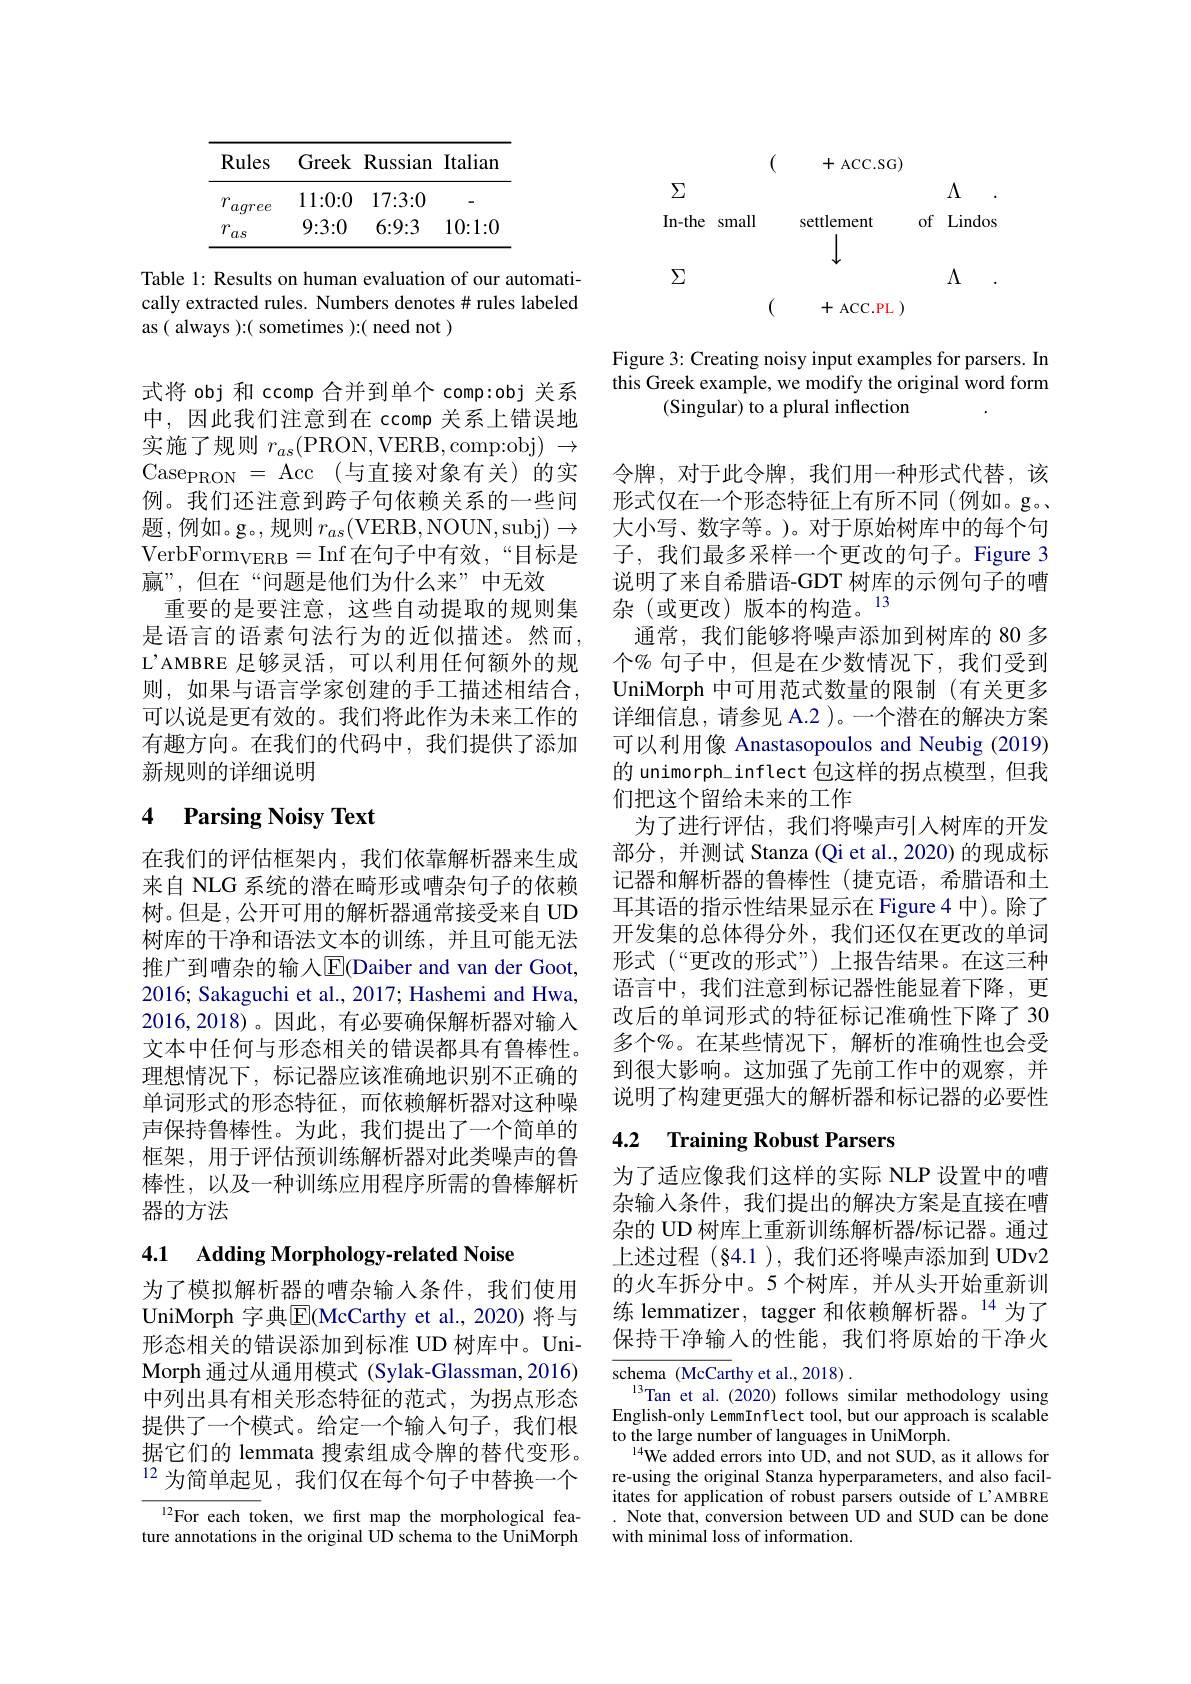
<table>
	<tbody>
		<tr>
			<th>Rules</th>
			<th>Greek</th>
			<th>Russian</th>
			<th>Italian</th>
		</tr>
		<tr>
			<td>$\gamma$ aqree</td>
			<td>11:0:0</td>
			<td>17{:}3{:}0</td>
			<td>-</td>
		</tr>
		<tr>
			<td>$\gamma_{,}$ $as$</td>
			<td>9:3:0</td>
			<td>6:9:3</td>
			<td>10:1:0</td>
		</tr>
	</tbody>
</table>

Table 1: Results on human evaluation of our automatically extracted rules. Numbers denotes # rules labeled as ( always ):( sometimes ):( need not )

式将 obj 和 ccomp 合并到单个 comp:obj 关系中，因此我们注意到在 ccomp 关系上错误地实施了规则$r_as($PRON,VERB,comp:obj) $\to$ Case$_{\mathrm{PRON}}=$Acc(与直接对象有关)的实例。我们还注意到跨子句依赖关系的一些问题，例如。g。,规则$r_as($VERB,NOUN,subj$)\to$ VerbForm$_\mathrm{VERB}=$Inf 在句子中有效，“目标是赢”,但在“问题是他们为什么来”中无效
重要的是要注意，这些自动提取的规则集是语言的语素句法行为的近似描述。然而， L'AMBRE 足够灵活，可以利用任何额外的规则，如果与语言学家创建的手工描述相结合， 可以说是更有效的。我们将此作为未来工作的有趣方向。在我们的代码中，我们提供了添加新规则的详细说明

# 4 Parsing Noisy Text

在我们的评估框架内，我们依靠解析器来生成来自 NLG 系统的潜在畸形或嘈杂句子的依赖树。但是，公开可用的解析器通常接受来自 UD 树库的干净和语法文本的训练，并且可能无法推广到嘈杂的输入$\operatorname{E}($Daiber and van der Goot, 2016; Sakaguchi et al., 2017; Hashemi and Hwa, 2016,2018)。因此，有必要确保解析器对输入文本中任何与形态相关的错误都具有鲁棒性。理想情况下，标记器应该准确地识别不正确的单词形式的形态特征，而依赖解析器对这种噪声保持鲁棒性。为此，我们提出了一个简单的框架，用于评估预训练解析器对此类噪声的鲁棒性，以及一种训练应用程序所需的鲁棒解析器的方法

# 4.1 Adding Morphology-related Noise

为了模拟解析器的嘈杂输人条件，我们使用UniMorph 字典$\overline{\mathrm{E}}($McCarthy et al.,2020)将与形态相关的错误添加到标准 UD 树库中。UniMorph 通过从通用模式 (Sylak-Glassman,2016) 中列出具有相关形态特征的范式，为拐点形态提供了一个模式。给定一个输入句子，我们根据它们的 lemmata 搜索组成令牌的替代变形。$^{12}$为简单起见，我们仅在每个句子中替换一个

$^{12}$For each token, we first map the morphological feature annotations in the original UD schema to the UniMorph
$$\begin{array}{ccccccccccccccccccccccccccccccccccccccccccccccccccccccccccccccccccccccccccccccccccccccccccccccc}\end{array}$$
Figure 3: Creating noisy input examples for parsers. In this Greek example, we modify the original word form
(Singular) to a plural inflection

令牌，对于此令牌，我们用一种形式代替，该形式仅在一个形态特征上有所不同(例如。g。大小写、数字等。)。对于原始树库中的每个句子，我们最多采样一个更改的句子。Figure 3说明了来自希腊语-GDT 树库的示例句子的嘈杂(或更改)版本的构造。13
通常，我们能够将噪声添加到树库的 80 多个% 句子中，但是在少数情况下，我们受到UniMorph 中可用范式数量的限制 (有关更多详细信息，请参见 A.2 )。一个潜在的解决方案可以利用像 Anastasopoulos and Neubig (2019) 的 unimorph\_inflect 包这样的拐点模型，但我们把这个留给未来的工作
为了进行评估，我们将噪声引入树库的开发部分，并测试 Stanza (Qi et al.,2020) 的现成标记器和解析器的鲁棒性(捷克语，希腊语和土耳其语的指示性结果显示在 Figure 4 中)。除了开发集的总体得分外，我们还仅在更改的单词形式(“更改的形式”)上报告结果。在这三种语言中，我们注意到标记器性能显着下降，更改后的单词形式的特征标记准确性下降了 30多个%。在某些情况下，解析的准确性也会受到很大影响。这加强了先前工作中的观察，并说明了构建更强大的解析器和标记器的必要性

# 4.2 Training Robust Parsers

为了适应像我们这样的实际 NLP 设置中的嘈杂输入条件，我们提出的解决方案是直接在嘈杂的 UD 树库上重新训练解析器/标记器。通过上述过程 (§4.1 ), 我们还将噪声添加到 UDv2的火车拆分中。5 个树库，并从头开始重新训练 lemmatizer, tagger 和依赖解析器。$^{14}$为了保持干净输入的性能，我们将原始的干净火

$\overline{\text{schema (McCarthy et al.,2018)}}$
$\begin{array}{c}{\mathrm{scincina~(meCatuyctur,zo10).}}\\{\mathrm{Tan~et~al.~(2020)~follows~similar~methodology~using}}\\{\mathrm{English-only~LemmInflect~tool,~but~our~approach~is~scalable}}\end{array}$
to the large number of languages in UniMorph.
$^{14}$We added errors into UD, and not SUD, as it allows for re-using the original Stanza hyperparameters, and also facilitates for application of robust parsers outside of L'AMBRE . Note that, conversion between UD and SUD can be done with minimal loss of information.